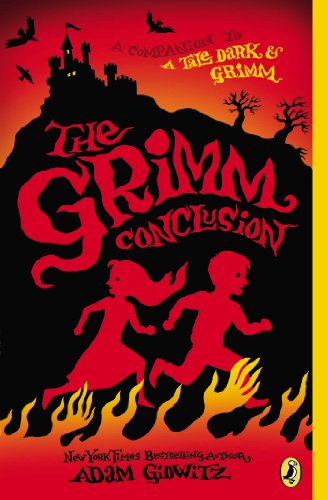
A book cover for The Grimm Conclusion (A Tale Dark & Grimm); Adam Gidwitz; Children's Books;